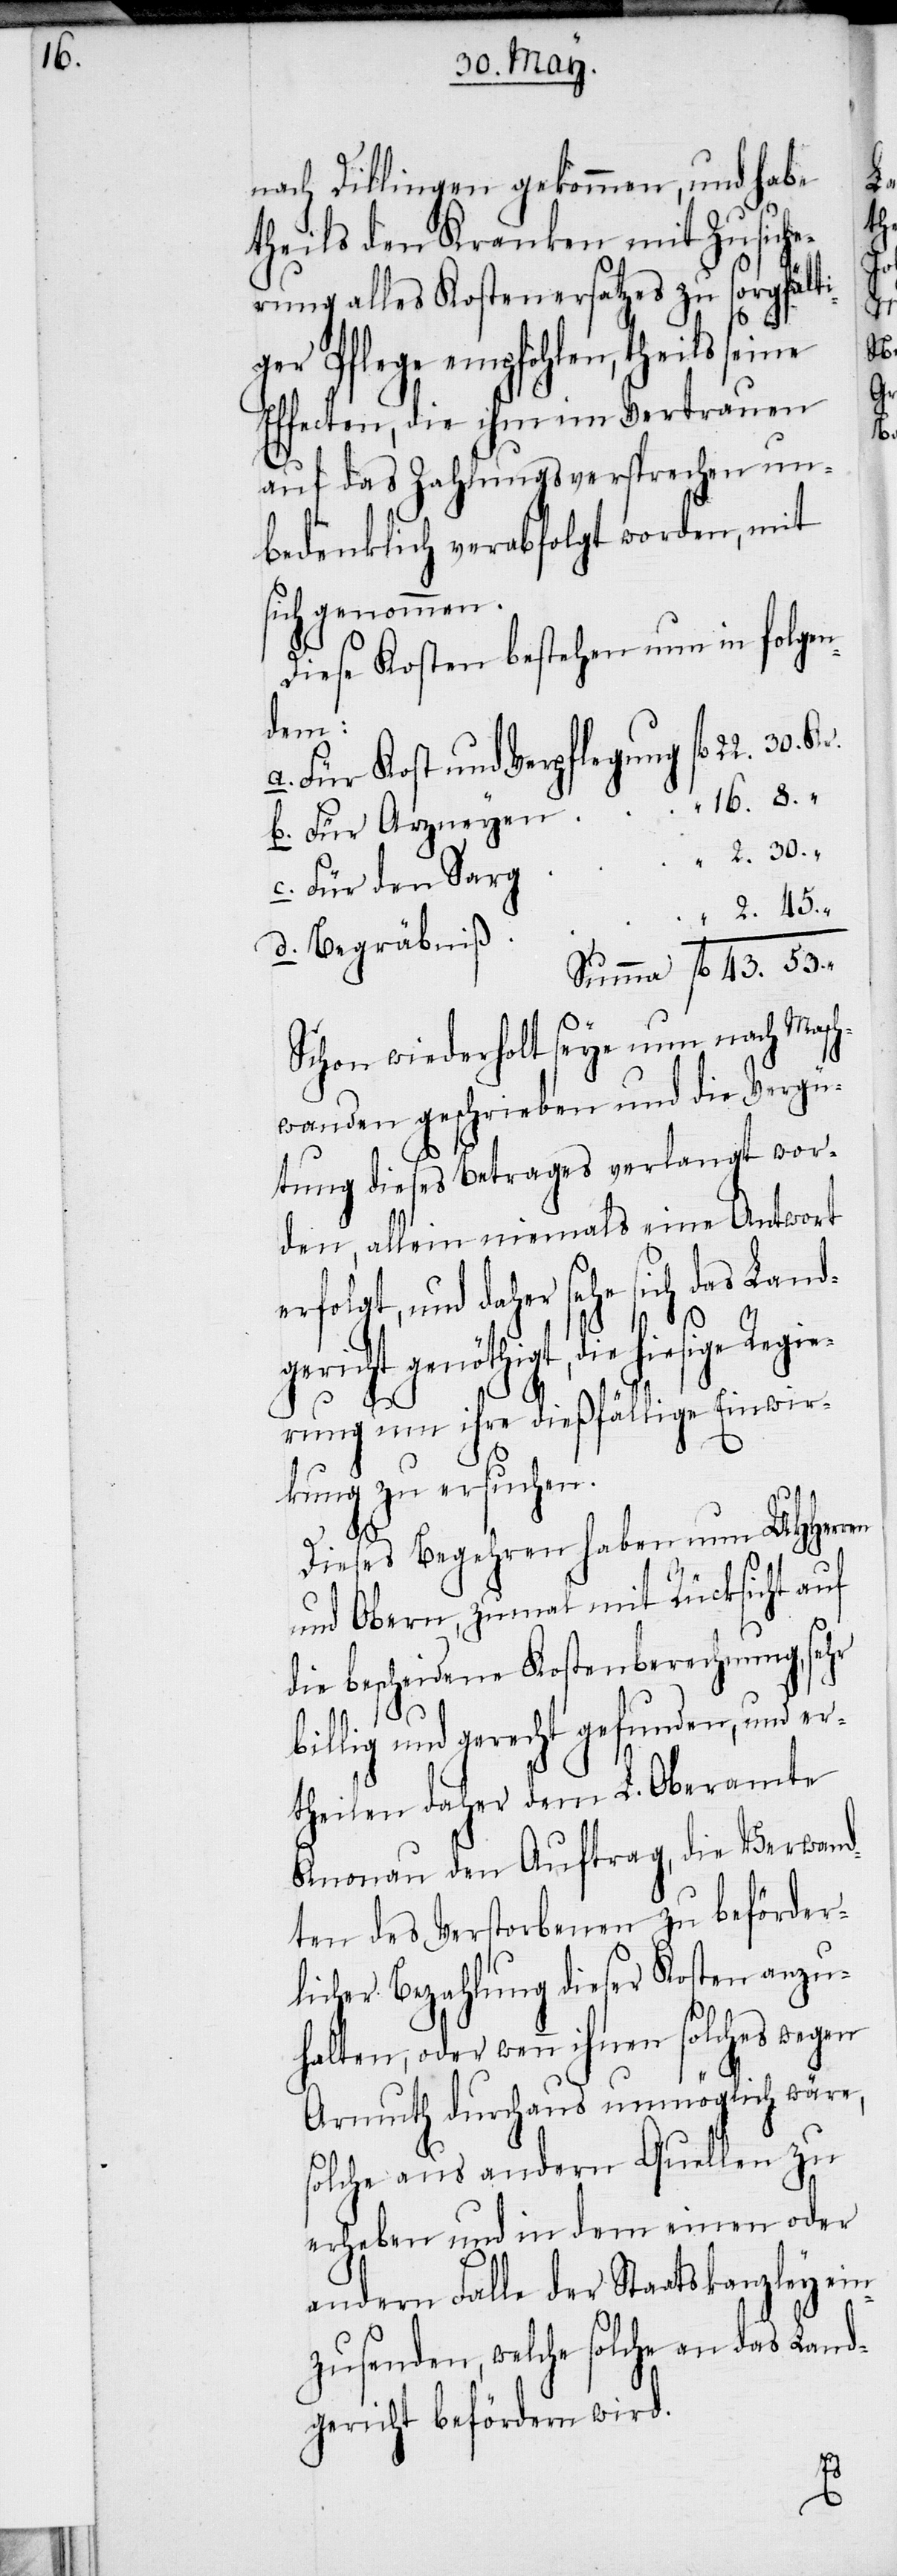
16.

nach Dillingen gekommen, und habe
theils den Kranken mit Zusiche¬
rung alles Kostenersatzes zu sorgfält¬
ger Pflege empfohlen, theils
Effecten, die ihm im Vertrauen
auf das Zahlungsversprechen un¬
bedenklich verabfolgt worden, mit
sich genommen.
Diese Kosten bestehen nun in folgen¬
dem:
Für den Sarg
Begräbniß
Schon wiederholt seye nun nach Masch¬
wanden geschrieben und die Vergü¬
tung dieses Betrages verlangt wor¬
den, allein niemals eine Antwort
erfolgt, und daher sehe sich das La¬
nd¬
gericht genöthigt, die hiesige Regi¬
erung um ihre dießfällige Einwir¬
kung zu ersuchen.
ehr
53.
Dieses Begehren haben nun UHHer¬
und Obern, zumal mit Rücksicht auf
die bescheidene Kostenberechnung, s¬
billig und gerecht gefunden, und er¬
theilen daher dem L. Oberamte
Knonau den Auftrag, die Verwan¬
dten des Verstorbenen zu beförder¬
licher Bezahlung dieser Kosten anzu¬
i¬
halten, oder wenn ihnen solches wegen
Armuth durchaus unmöglich wäre,
solche aus andern Quellen zu
erheben und in dem einen oder
andern Falle der Staatskanzley ein¬
zusenden, welche solche an das Land¬
gericht befördern wird.